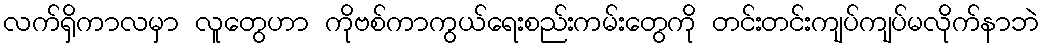
လက်ရှိကာလမှာ လူတွေဟာ ကိုဗစ်ကာကွယ်ရေးစည်းကမ်းတွေကို တင်းတင်းကျပ်ကျပ်မလိုက်နာဘဲ